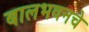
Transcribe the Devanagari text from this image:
बालभवनचे